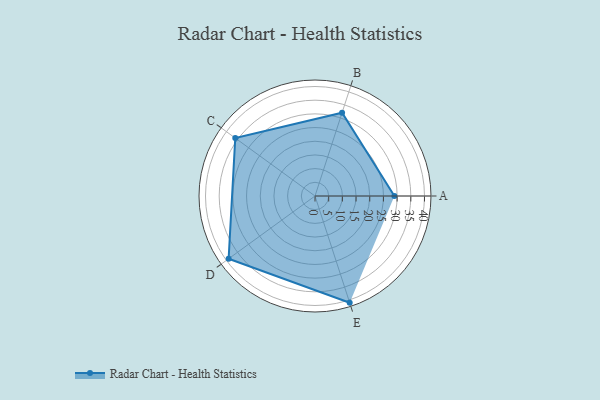
{"axis": {"x": "Skill", "y": "Score"}, "legend": ["Profile"], "data": [{"x": "A", "y": 29.0, "type": "Profile"}, {"x": "B", "y": 32.0, "type": "Profile"}, {"x": "C", "y": 36.0, "type": "Profile"}, {"x": "D", "y": 39.0, "type": "Profile"}, {"x": "E", "y": 41.0, "type": "Profile"}]}